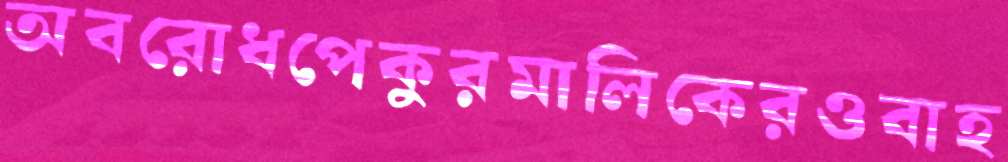
অবরোধপেকুরমালিকেরওবাহ